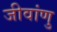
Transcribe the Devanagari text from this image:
जीवांणु